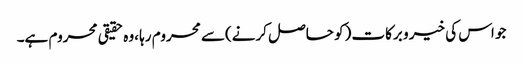
جو اس کی خیر و برکات (کو حاصل کرنے)سے محروم رہا ،وہ حقیقی محروم ہے۔